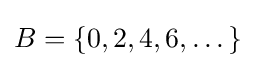
B=\{0,2,4,6,\dots \}